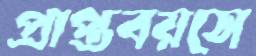
প্রাপ্তবয়সে